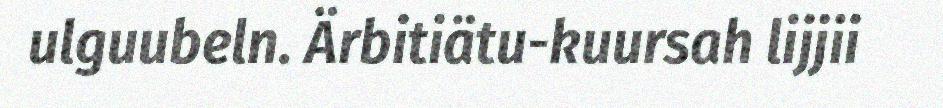
ulguubeln. Ärbitiätu-kuursah lijjii